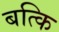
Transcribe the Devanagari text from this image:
बत्कि